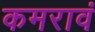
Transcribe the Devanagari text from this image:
कमरावं